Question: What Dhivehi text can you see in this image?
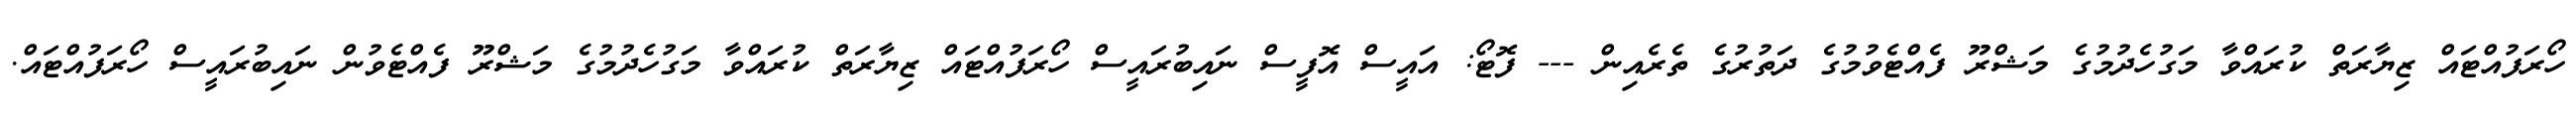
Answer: ހޯރަފުއްޓައް ޒިޔާރަތް ކުރައްވާ މަގުހެދުމުގެ މަޝްރޫ ފެއްޓެވުމުގެ ދަތުރުގެ ތެރެއިން --- ފޮޓޯ: އައީސް އޮފީސް ނައިބުރައީސް ހޯރަފުއްޓައް ޒިޔާރަތް ކުރައްވާ މަގުހެދުމުގެ މަޝްރޫ ފެއްޓެވުން ނައިބުރައީސް ހޯރަފުއްޓައް.